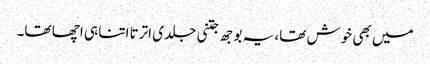
میں بھی خوش تھا، یہ بوجھ جتنی جلدی اترتا اتنا ہی اچھا تھا۔